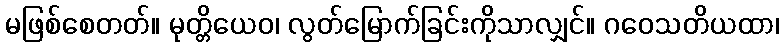
မဖြစ်စေတတ်။ မုတ္တိယေဝ၊ လွတ်မြောက်ခြင်းကိုသာလျှင်။ ဂဝေသတိယထာ၊